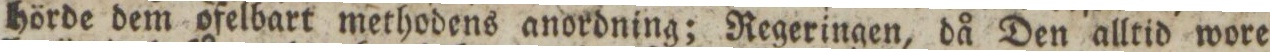
hörde dem ofelbart methodens anordning; Regeringen, då Den alltid wore